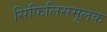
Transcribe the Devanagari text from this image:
सिफिलिसमूलक